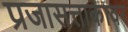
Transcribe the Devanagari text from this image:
प्रजासत्ताकावर